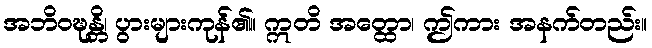
အဘိဝဍ္ဎန္တိ၊ ပွားများကုန်၏။ ဣတိ အတ္ထော၊ ဤကား အနက်တည်း။